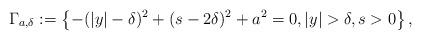
LaTeX: \begin{align*}\Gamma_{a,\delta} : = \left\{- (|y|-\delta)^2 + (s- 2\delta)^2 + a^2 = 0, |y| > \delta, s > 0\right\},\end{align*}